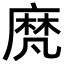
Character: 𪎒